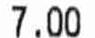
7.00